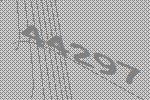
44297